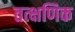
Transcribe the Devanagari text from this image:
तत्क्षणिक